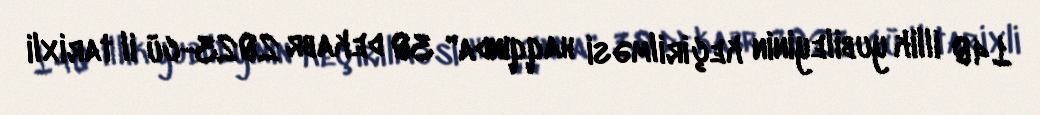
140 illik yubileyinin keçirilməsi haqqında" 30 dekabr 2023-cü il tarixli